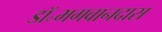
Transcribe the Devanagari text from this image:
डॉ॰भगवानदास